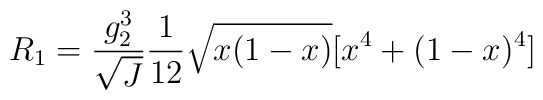
R_1=\frac{g_2^3}{\sqrt{J}}\frac{1}{12}\sqrt{x(1-x)}[x^4+(1-x)^4]